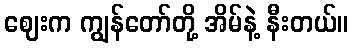
ဈေးက ကျွန်တော်တို့ အိမ်နဲ့ နီးတယ်။